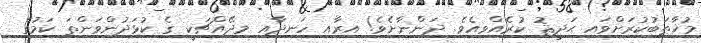
މުޚާޠަބުކުރަށްވައި ޙަދީޘު ކުރެއްވިއެވެ. ދަންނާށެވެ! އިރާއި ހަނދާއި މިދޭއްޗަކީ ގެ ކުޅަދުންވަންތަ ކަމުގެ